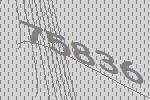
75836